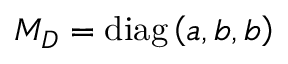
M _ { D } = \mathrm { d i a g } \left( a , b , b \right)